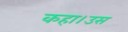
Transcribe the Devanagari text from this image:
कहा।उस